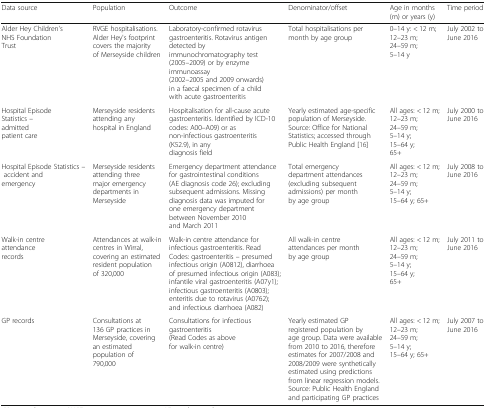
| Data source | Population | Outcome | Denominator/offset | Age in months (m) or years (y) | Time period |
 | --- | --- | --- | --- | --- | --- |
 | Alder Hey Children's NHS Foundation Trust | RVGE hospitalisations. Alder Hey's footprint covers the majority of Merseyside children | Laboratory-confirmed rotavirus gastroenteritis. Rotavirus antigen detected by immunochromatography test (2005–2009) or by enzyme immunoassay (2002–2005 and 2009 onwards) in a faecal specimen of a child with acute gastroenteritis | Total hospitalisations per month by age group | 0–14 y: < 12 m; 12–23 m; 24–59 m; 5–14 y | July 2002 to June 2016 |
 | Hospital Episode Statistics – admitted patient care | Merseyside residents attending any hospital in England | Hospitalisation for all-cause acute gastroenteritis. Identified by ICD-10 codes: A00–A09) or as non-infectious gastroenteritis (K52.9), in any diagnosis field | Yearly estimated age-specific population of Merseyside. Source: Office for National Statistics; accessed through Public Health England [16] | All ages: < 12 m; 12–23 m; 24–59 m; 5–14 y; 15–64 y; 65+ | July 2000 to June 2016 |
 | Hospital Episode Statistics – accident and emergency | Merseyside residents attending three major emergency departments in Merseyside | Emergency department attendance for gastrointestinal conditions (AE diagnosis code 26); excluding subsequent admissions. Missing diagnosis data was imputed for one emergency department between November 2010 and March 2011 | Total emergency department attendances (excluding subsequent admissions) per month by age group | All ages: < 12 m; 12–23 m; 24–59 m; 5–14 y; 15–64 y; 65+ | July 2008 to June 2016 |
 | Walk-in centre attendance records | Attendances at walk-in centres in Wirral, covering an estimated resident population of 320,000 | Walk-in centre attendance for infectious gastroenteritis. Read Codes: gastroenteritis – presumed infectious origin (A0812), diarrhoea of presumed infectious origin (A083); infantile viral gastroenteritis (A07y1); infectious gastroenteritis (A0803); enteritis due to rotavirus (A0762); and infectious diarrhoea (A082) | All walk-in centre attendances per month by age group | All ages: < 12 m; 12–23 m; 24–59 m; 5–14 y; 15–64 y; 65+ | July 2011 to June 2016 |
 | GP records | Consultations at 136 GP practices in Merseyside, covering an estimated population of 790,000 | Consultations for infectious gastroenteritis (Read Codes as above for walk-in centre) | Yearly estimated GP registered population by age group. Data were available from 2010 to 2016, therefore estimates for 2007/2008 and 2008/2009 were synthetically estimated using predictions from linear regression models. Source: Public Health England and participating GP practices | All ages: < 12 m; 12–23 m; 24–59 m; 5–14 y; 15–64 y; 65+ | July 2007 to June 2016 |